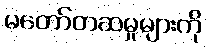
မတော်တဆမှုများကို